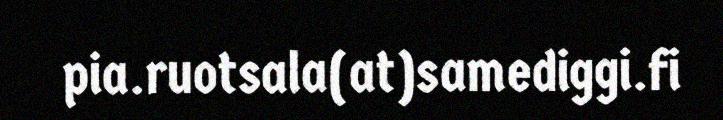
pia.ruotsala(at)samediggi.fi